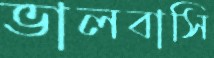
ভালবাসি